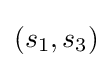
(s_{1},s_{3})